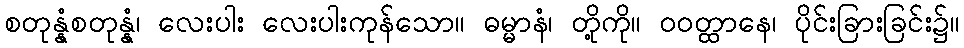
စတုန္နံစတုန္နံ၊ လေးပါး လေးပါးကုန်သော။ ဓမ္မာနံ၊ တို့ကို။ ဝဝတ္ထာနေ၊ ပိုင်းခြားခြင်း၌။